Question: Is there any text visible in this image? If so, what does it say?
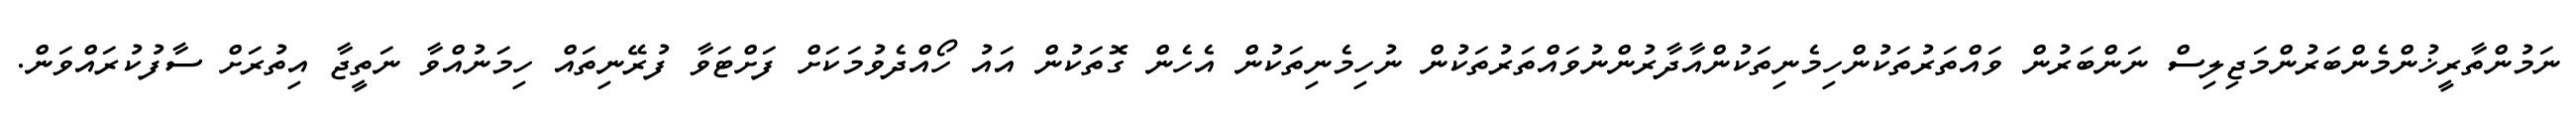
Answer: ނަމުންތާރީޚުންމެންބަރުންމަޖިލިސް ނަންބަރުން ވައްތަރުތަކުންހިމެނިތަކުންއާދާރުންނުވައްތަރުތަކުން ނުހިމެނިތަކުން އެހެން ގޮތަކުން އައު ހޯއްދެވުމަކަށް ފަށްޓަވާ ފުރޭނިތައް ހިމަނުއްވާ ނަތީޖާ އިތުރަށް ސާފުކުރައްވަން.